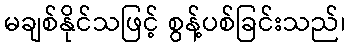
မချစ်နိုင်သဖြင့် စွန့်ပစ်ခြင်းသည်၊